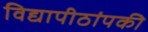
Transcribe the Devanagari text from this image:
विद्यापीठांपकी